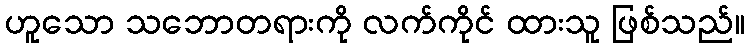
ဟူသော သဘောတရားကို လက်ကိုင် ထားသူ ဖြစ်သည်။